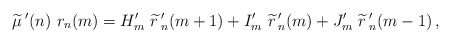
\begin{align*}\widetilde{\mu}\,'(n)\ r_n(m)=H'_{m}\ \widetilde{r}\,'_{n}(m+1) +I'_m\ \widetilde{r}\,'_{n}(m) +J'_m\ \widetilde{r}\,'_{n}(m-1) \,,\end{align*}